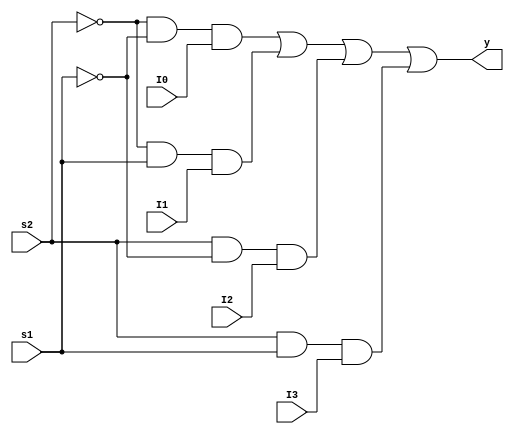
module mux(I0,I1,I2,I3,s2,s1,y);
input[3:0] I0;
input[3:0] I1;
input[3:0] I2;
input[3:0] I3;
input s2,s1; 
output [3:0]y;
assign y =((~s2)&(~s1)&I0)| ((~s2)&(s1)&I1)|(s2&(~s1)&I2)|(s2&s1&I3);
endmodule